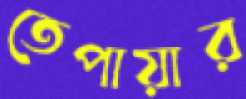
তেপায়ার